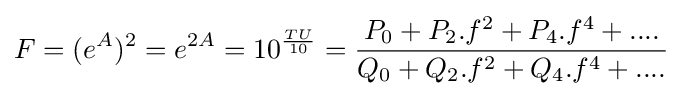
F=(e^{A})^{2}=e^{2A}=10^{\frac {TU}{10}}={\frac {P_{0}+P_{2}.f^{2}+P_{4}.f^{4}+....}{Q_{0}+Q_{2}.f^{2}+Q_{4}.f^{4}+....}}